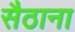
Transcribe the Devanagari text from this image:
सैठाना